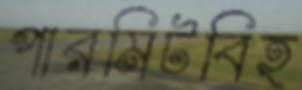
পারমিটবিহ